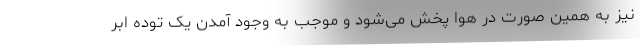
نیز به همین صورت در هوا پخش می‌شود و موجب به وجود آمدن یک توده ابر